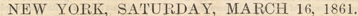

				NEW YORK, SATURDAY, MARCH 16, 1861.